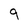
Character: 9